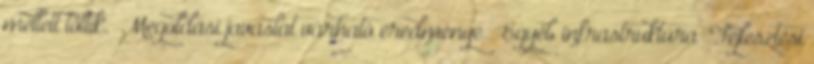
mellett töltik.” Megoldási javaslat várható eredménye ▪„Egyéb infrastruktúra” Fejlesztési